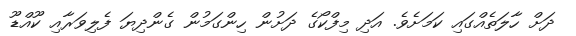
ދަށް ހާލަތެއްގައި ކަމަށެވެ. އަދި މިފްކޯގެ ދަށުން ހިންގަމުން ގެންދިޔަ ފެލިވަރާއި ކޫއްޑޫ